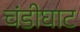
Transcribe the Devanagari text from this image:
चंडीघाट